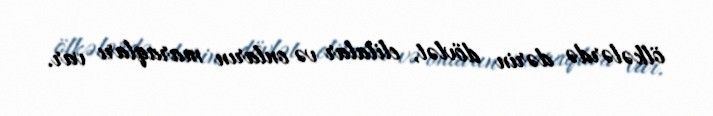
ölkələrdə dərin dövlət, elitalar və onların maraqları var.